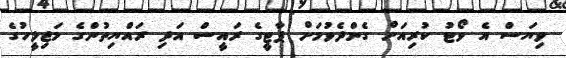
ވިޔަސް އެ ވޯޓު ކުރިއަށް ގެންދެވުމަށް ޕާޓީގެ ރައީސް އަދި ރައްޔިތުންގެ މަޖިލީހުގެ